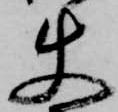
使